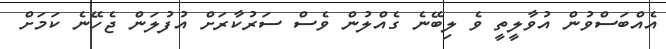
އެއްބަސްވުން އުވާލީތީ ވެ ލިބޭނެ ގެއްލުން ވެސް ސަރުކާރަށް އުފުލަން ޖެހޭނެ ކަމަށް